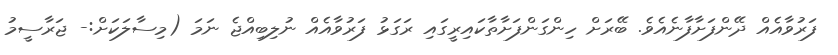
ފަރުވާއެއް ދޭންފަށާފާނެއެވެ. ބޭރަށް ހިންގަންފަށާތާކައިރީގައި ރަގަޅު ފަރުވާއެއް ނުލިބިއްޖެ ނަމަ (މިސާލަކަށް:- ޖަރާސީމު